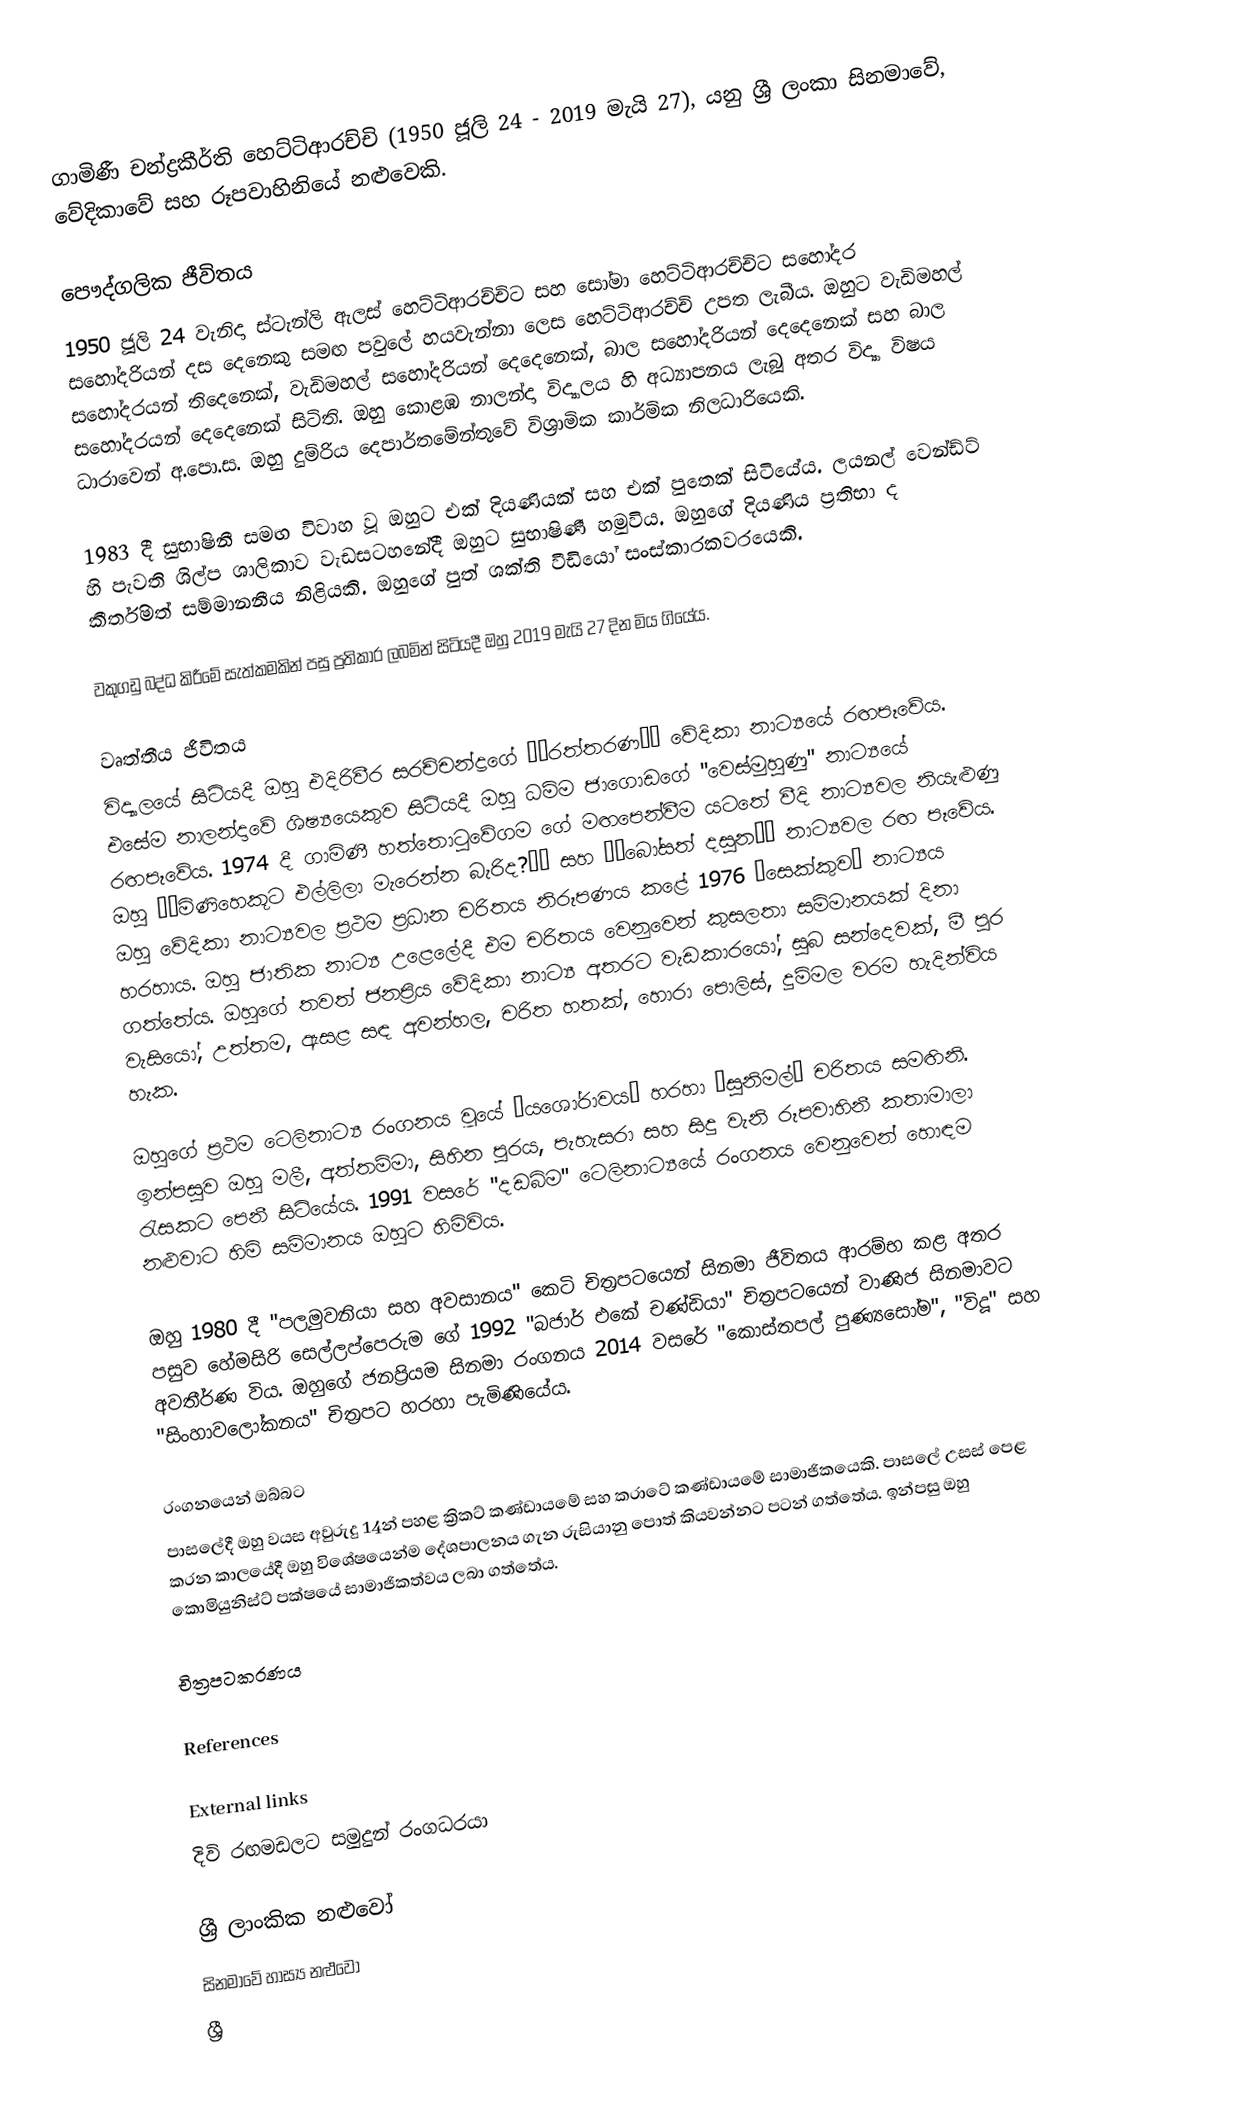
ගාමිණී චන්ද්‍රකීර්ති හෙට්ටිආරච්චි (1950 ජූලි 24 - 2019 මැයි 27), යනු ශ්‍රී ලංකා සිනමාවේ, වේදිකාවේ සහ රූපවාහිනියේ නළුවෙකි.

පෞද්ගලික ජීවිතය
1950 ජූලි 24 වැනිදා ස්ටැන්ලි ඇලස් හෙට්ටිආරච්චිට සහ සෝමා හෙට්ටිආරච්චිට සහෝදර සහෝදරියන් දස දෙනෙකු සමඟ පවුලේ හයවැන්නා ලෙස හෙට්ටිආරච්චි උපත ලැබීය. ඔහුට වැඩිමහල් සහෝදරයන් තිදෙනෙක්, වැඩිමහල් සහෝදරියන් දෙදෙනෙක්, බාල සහෝදරියන් දෙදෙනෙක් සහ බාල සහෝදරයන් දෙදෙනෙක් සිටිති. ඔහු කොළඹ නාලන්දා විද්‍යාලය හි අධ්‍යාපනය ලැබූ අතර විද්‍යා විෂය ධාරාවෙන් අ.පො.ස. ඔහු දුම්රිය දෙපාර්තමේන්තුවේ විශ්‍රාමික කාර්මික නිලධාරියෙකි.

1983 දී සුභාෂිනී සමඟ විවාහ වූ ඔහුට එක් දියණියක් සහ එක් පුතෙක් සිටියේය. ලයනල් වෙන්ඩ්ට් හි පැවති ශිල්ප ශාලිකාව වැඩසටහනේදී ඔහුට සුභාෂිණී හමුවිය. ඔහුගේ දියණිය ප්‍රතිභා ද කීර්තිමත් සම්මානනීය නිළියකි. ඔහුගේ පුත් ශක්ති වීඩියෝ සංස්කාරකවරයෙකි.

වකුගඩු බද්ධ කිරීමේ සැත්කමකින් පසු ප්‍රතිකාර ලබමින් සිටියදී ඔහු 2019 මැයි 27 දින මිය ගියේය.

වෘත්තීය ජීවිතය
විද්‍යාලයේ සිටියදී ඔහු එදිරිවීර සරච්චන්ද්‍රගේ ‘‘රත්තරණ’’ වේදිකා නාට්‍යයේ රඟපෑවේය. එසේම නාලන්දාවේ ශිෂ්‍යයෙකුව සිටියදී ඔහු ධම්ම ජාගොඩගේ "වෙස්මුහුණු" නාට්‍යයේ රඟපෑවේය. 1974 දී ගාමිණී හත්තොටුවේගම ගේ මඟපෙන්වීම යටතේ වීදි නාට්‍යවල නියැළුණු ඔහු ‘‘මිණිහෙකූට එල්ලිලා මැරෙන්න බැරිද?’’ සහ ‘‘බෝසත් දසුන’’ නාට්‍යවල රඟ පෑවේය. ඔහු වේදිකා නාට්‍යවල ප්‍රථම ප්‍රධාන චරිතය නිරූපණය කළේ 1976 “සෙක්කුව” නාට්‍යය හරහාය. ඔහු ජාතික නාට්‍ය උළෙලේදී එම චරිතය වෙනුවෙන් කුසලතා සම්මානයක් දිනා ගත්තේය. ඔහුගේ තවත් ජනප්‍රිය වේදිකා නාට්‍ය අතරට වැඩකාරයෝ, සුබ සන්දෙවක්, මී පුර වැසියෝ, උත්තම, ඇසළ සඳ අවන්හල, චරිත හතක්, හොරා පොලිස්, දුම්මල වරම හැදින්විය හැක.

ඔහුගේ ප්‍රථම ටෙලිනාට්‍ය රංගනය වූයේ “යශෝරාවය” හරහා “සුනිමල්” චරිතය සමඟිනි. ඉන්පසුව ඔහු මලී, අත්තම්මා, සිහින පුරය, පැහැසරා සහ සිදු වැනි රූපවාහිනී කතාමාලා රැසකට පෙනී සිටියේය. 1991 වසරේ "දඩබිම" ටෙලිනාට්‍යයේ රංගනය වෙනුවෙන් හොඳම නළුවාට හිමි සම්මානය ඔහුට හිමිවිය.

ඔහු 1980 දී "පලමුවනියා සහ අවසානය" කෙටි චිත්‍රපටයෙන් සිනමා ජීවිතය ආරම්භ කළ අතර පසුව හේමසිරි සෙල්ලප්පෙරුම ගේ 1992 "බජාර් එකේ චණ්ඩියා" චිත්‍රපටයෙන් වාණිජ සිනමාවට අවතීර්ණ විය. ඔහුගේ ජනප්‍රියම සිනමා රංගනය 2014 වසරේ "කොස්තපල් පුණ්‍යසෝම", "විදූ" සහ "සිංහාවලෝකනය" චිත්‍රපට හරහා පැමිණියේය.

රංගනයෙන් ඔබ්බට
පාසලේදී ඔහු වයස අවුරුදු 14න් පහළ ක්‍රිකට් කණ්ඩායමේ සහ කරාටේ කණ්ඩායමේ සාමාජිකයෙකි. පාසලේ උසස් පෙළ කරන කාලයේදී ඔහු විශේෂයෙන්ම දේශපාලනය ගැන රුසියානු පොත් කියවන්නට පටන් ගත්තේය. ඉන්පසු ඔහු කොමියුනිස්ට් පක්ෂයේ සාමාජිකත්වය ලබා ගත්තේය.

චිත්‍රපටකරණය

References

External links
දිවි රඟමඩලට සමුදුන් රංගධරයා

ශ්‍රී ලාංකික නළුවෝ
සිනමාවේ හාස්‍ය නළුවෝ
ශ්‍රී